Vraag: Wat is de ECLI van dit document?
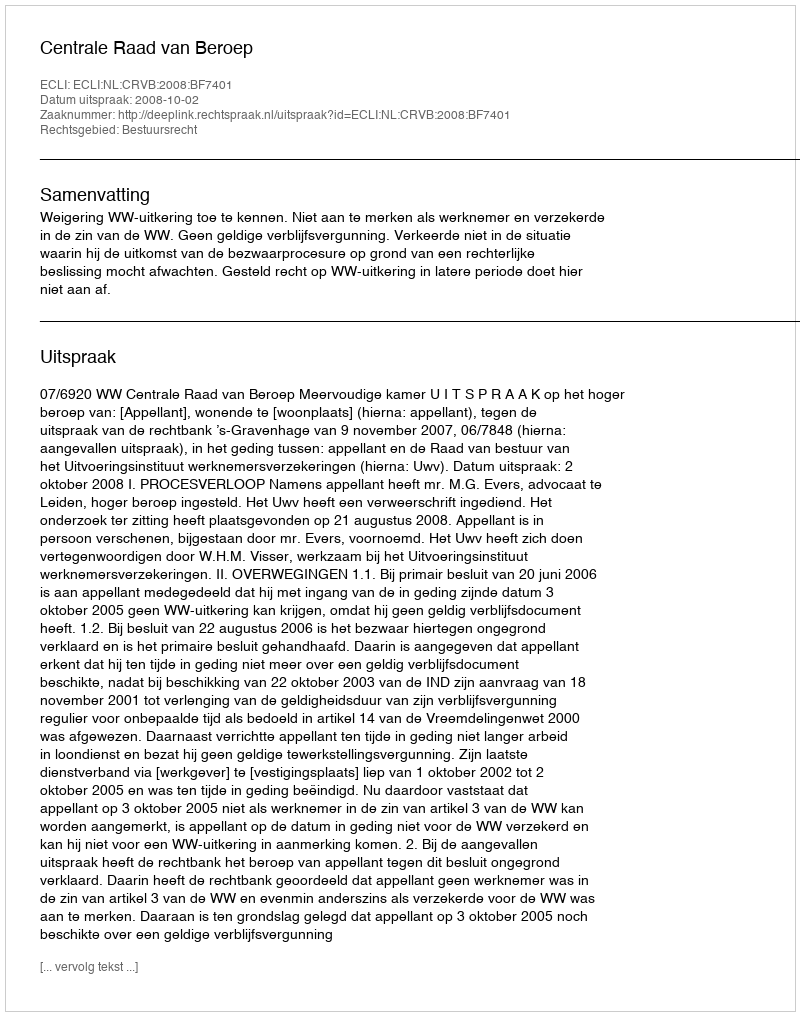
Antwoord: ECLI:NL:CRVB:2008:BF7401